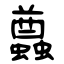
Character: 蠤